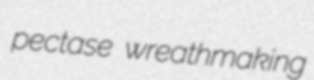
pectase wreathmaking